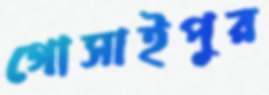
গোসাইপুর